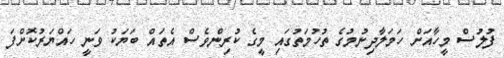
ފުލުސް މީހާއަށް ހަމަލާދިނުމުގެ ތުހުމަތުގައި މީގެ ކުރިންވެސް އެތައް ބަޔަކު ވަނީ ހައްޔަރުކޮށްފަ